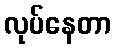
လုပ်နေတာ